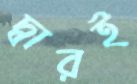
দ্বারই